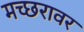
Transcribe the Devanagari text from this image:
मच्छरावर